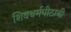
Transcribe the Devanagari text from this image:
शिवधर्मपीठाची